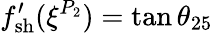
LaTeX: f_{\mathrm{{sh}}}^{\prime}(\xi^{P_{2}})=\tan\theta_{25}